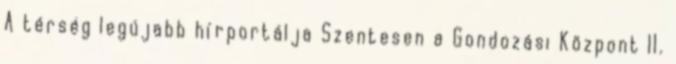
A térség legújabb hírportálja Szentesen a Gondozási Központ II.